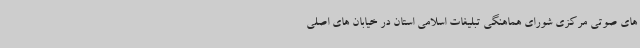
های صوتی مرکزی شورای هماهنگی تبلیغات اسلامی استان در خیابان های اصلی